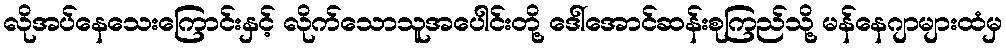
လိုအပ်နေသေးကြောင်းနှင့် လိုက်သောသူအပေါင်းတို့ ဒေါ်အောင်ဆန်းစုကြည်သို့ မန်နေဂျာများထံမှ